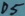
Text: D5